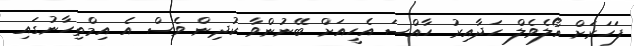
ފަހަރަށް އޯލެވެލް ހަދާއިރު ހާއްސަ އެހީއަށް ބޭނުންވާ ކުދިން ވެސް އެ އިމްތިހާނުގައި